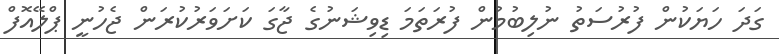
ގަދަ ހަޔަކުން ފުރުސަތު ނުލިބުމުން ފުރަތަމަ ޑިވިޝަނުގެ ޖާގަ ކަށަވަރުކުރަން ޖެހުނީ ޕްލޭއޮފް